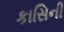
કાસિની